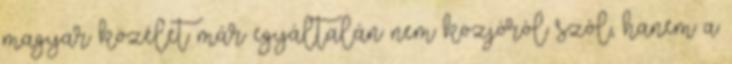
magyar közélet már egyáltalán nem közjóról szól, hanem a